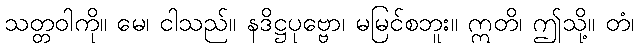
သတ္တဝါကို။ မေ၊ ငါသည်။ နဒိဋ္ဌပုဗ္ဗော၊ မမြင်စဘူး။ ဣတိ၊ ဤသို့။ တံ၊